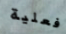
فعلية